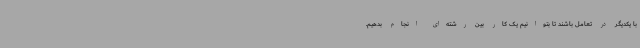
با یکدیگر در تعامل باشند تا بتوانیم یک کار بین رشته‌ای انجام بدهیم.